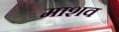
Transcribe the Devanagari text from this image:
माशव